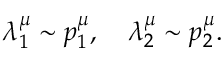
\lambda _ { 1 } ^ { \mu } \sim p _ { 1 } ^ { \mu } , \quad \lambda _ { 2 } ^ { \mu } \sim p _ { 2 } ^ { \mu } .